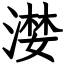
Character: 漤